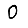
Digit: 0